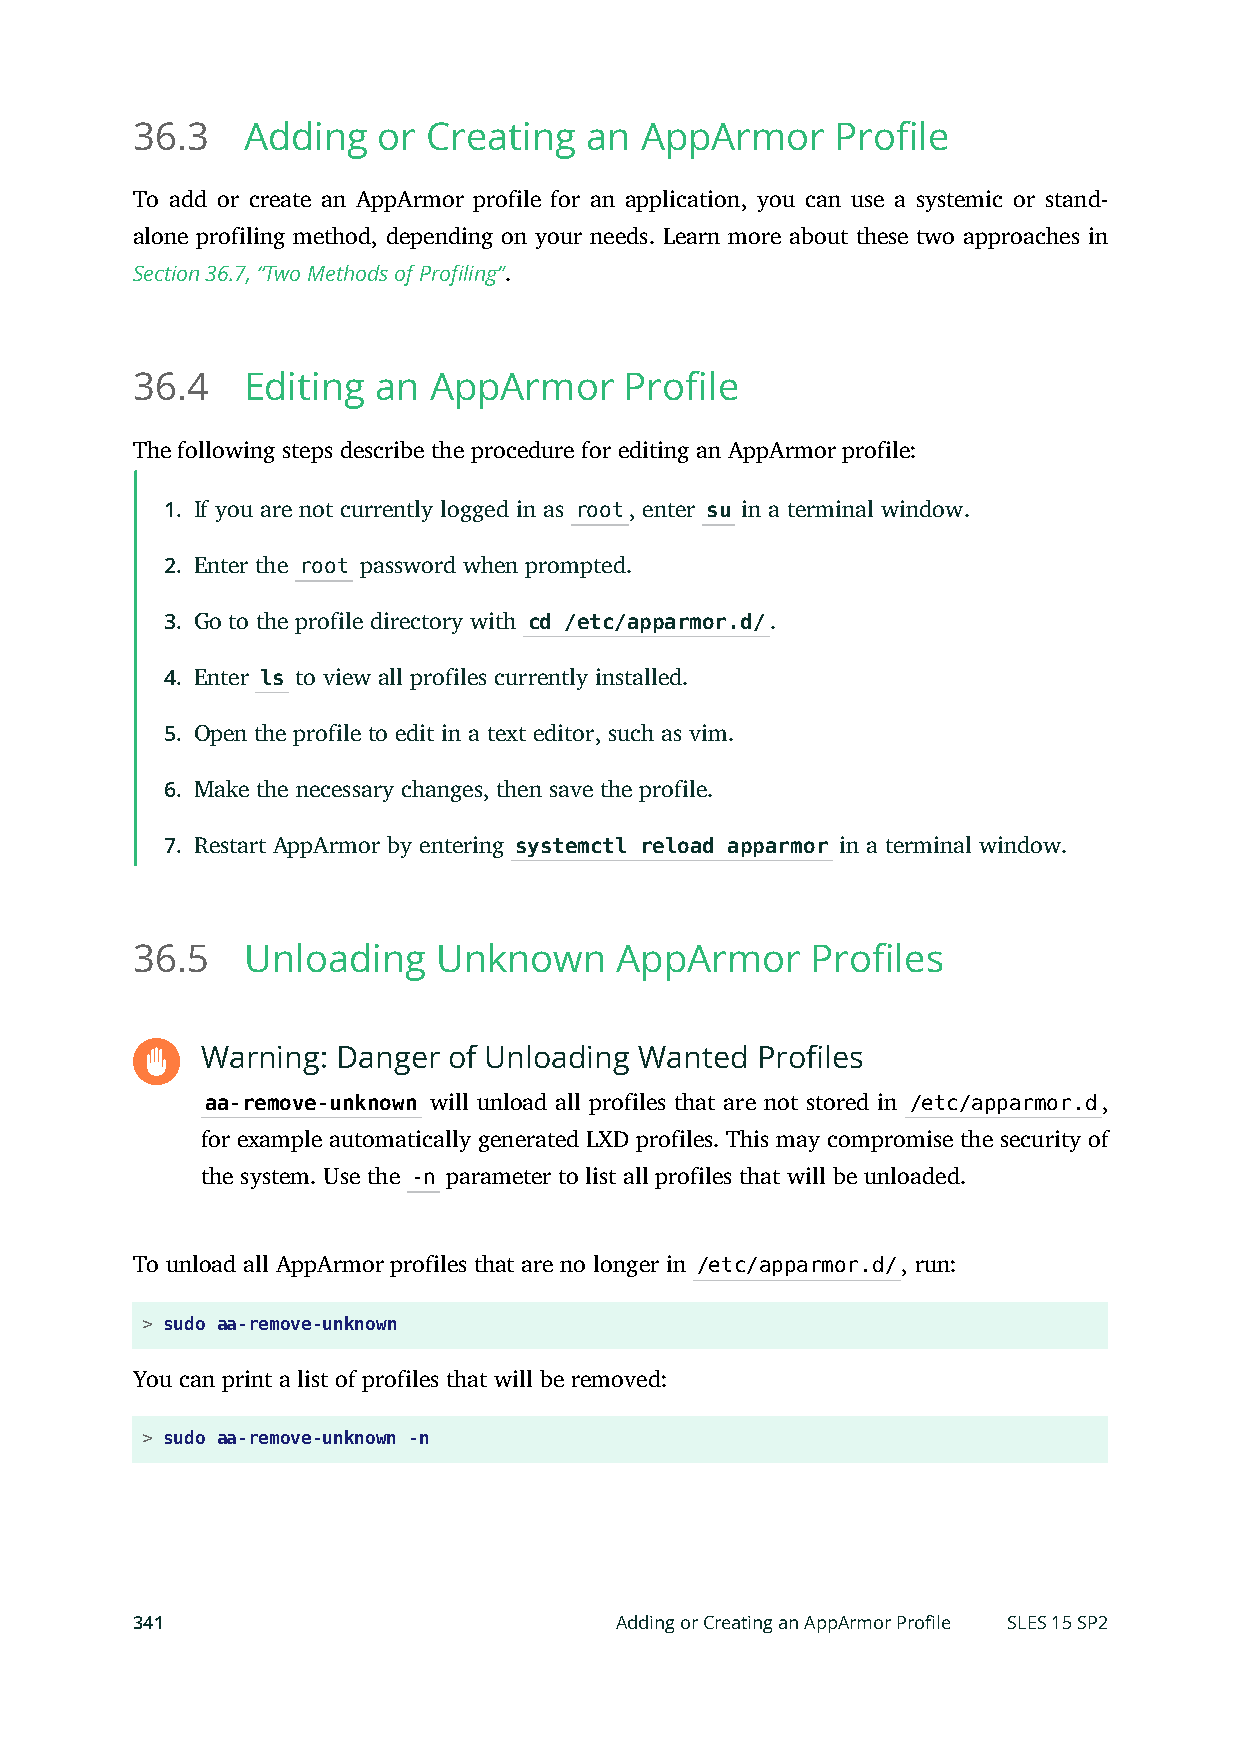
36.3   Adding   or Creating   an AppArmor     Profile
 To add or create an AppArmor profile for an application, you can use a systemic or stand-
 alone profiling method, depending on your needs. Learn more about these two approaches in
 Section 36.7, “Two Methods of Profiling”.
 36.4   Editing  an AppArmor     Profile
 The following steps describe the procedure for editing an AppArmor profile:
 1. If you are not currently logged in as root, enter su in a terminal window.
 2. Enter the root password when prompted.
 3. Go to the profile directory with cd /etc/apparmor.d/.
 4. Enter ls to view all profiles currently installed.
 5. Open the profile to edit in a text editor, such as vim.
 6. Make the necessary changes, then save the profile.
 7. Restart AppArmor by entering systemctl reload apparmor in a terminal window.
 36.5   Unloading    Unknown     AppArmor     Profiles
 Warning: Danger  of Unloading Wanted Profiles
 aa-remove-unknown will unload all profiles that are not stored in /etc/apparmor.d,
 for example automatically generated LXD profiles. This may compromise the security of
 the system. Use the -n parameter to list all profiles that will be unloaded.
 To unload all AppArmor profiles that are no longer in /etc/apparmor.d/, run:
 > sudo aa-remove-unknown
 You can print a list of profiles that will be removed:
 > sudo aa-remove-unknown -n
 341                             Adding or Creating an AppArmor Profile SLES 15 SP2